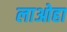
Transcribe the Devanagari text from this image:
लाओहा